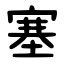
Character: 塞